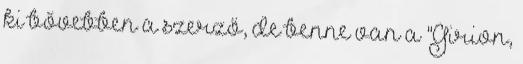
ki bővebben a szerző, de benne van a "Girion,